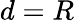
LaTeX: d=R